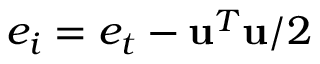
e _ { i } = e _ { t } - \mathbf { u } ^ { T } \mathbf { u } / 2